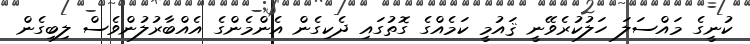
ކުނީގެ މައްސަލަ ހަލުކުރެވޭނީ ޤައުމީ ކަމެއްގެ ގޮތުގައި ދެކިގެން އެންމެންގެ އެއްބާރުލުންވެސް ލިބިގެން